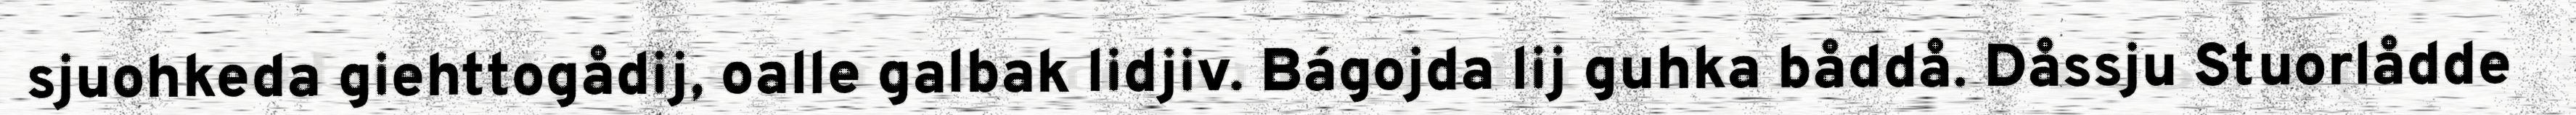
sjuohkeda giehttogådij, oalle galbak lidjiv. Bágojda lij guhka båddå. Dåssju Stuorlådde